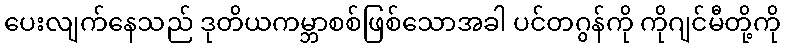
ပေးလျက်နေသည် ဒုတိယကမ္ဘာစစ်ဖြစ်သောအခါ ပင်တဂွန်ကို ကိုဂျင်မီတို့ကို